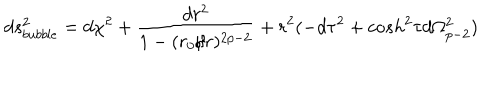
d s _ { b u b b l e } ^ { 2 } = d \chi ^ { 2 } + \frac { d r ^ { 2 } } { 1 - ( r _ { 0 } / r ) ^ { 2 p - 2 } } + r ^ { 2 } ( - d \tau ^ { 2 } + c o s h ^ { 2 } \tau d \Omega _ { p - 2 } ^ { 2 } )